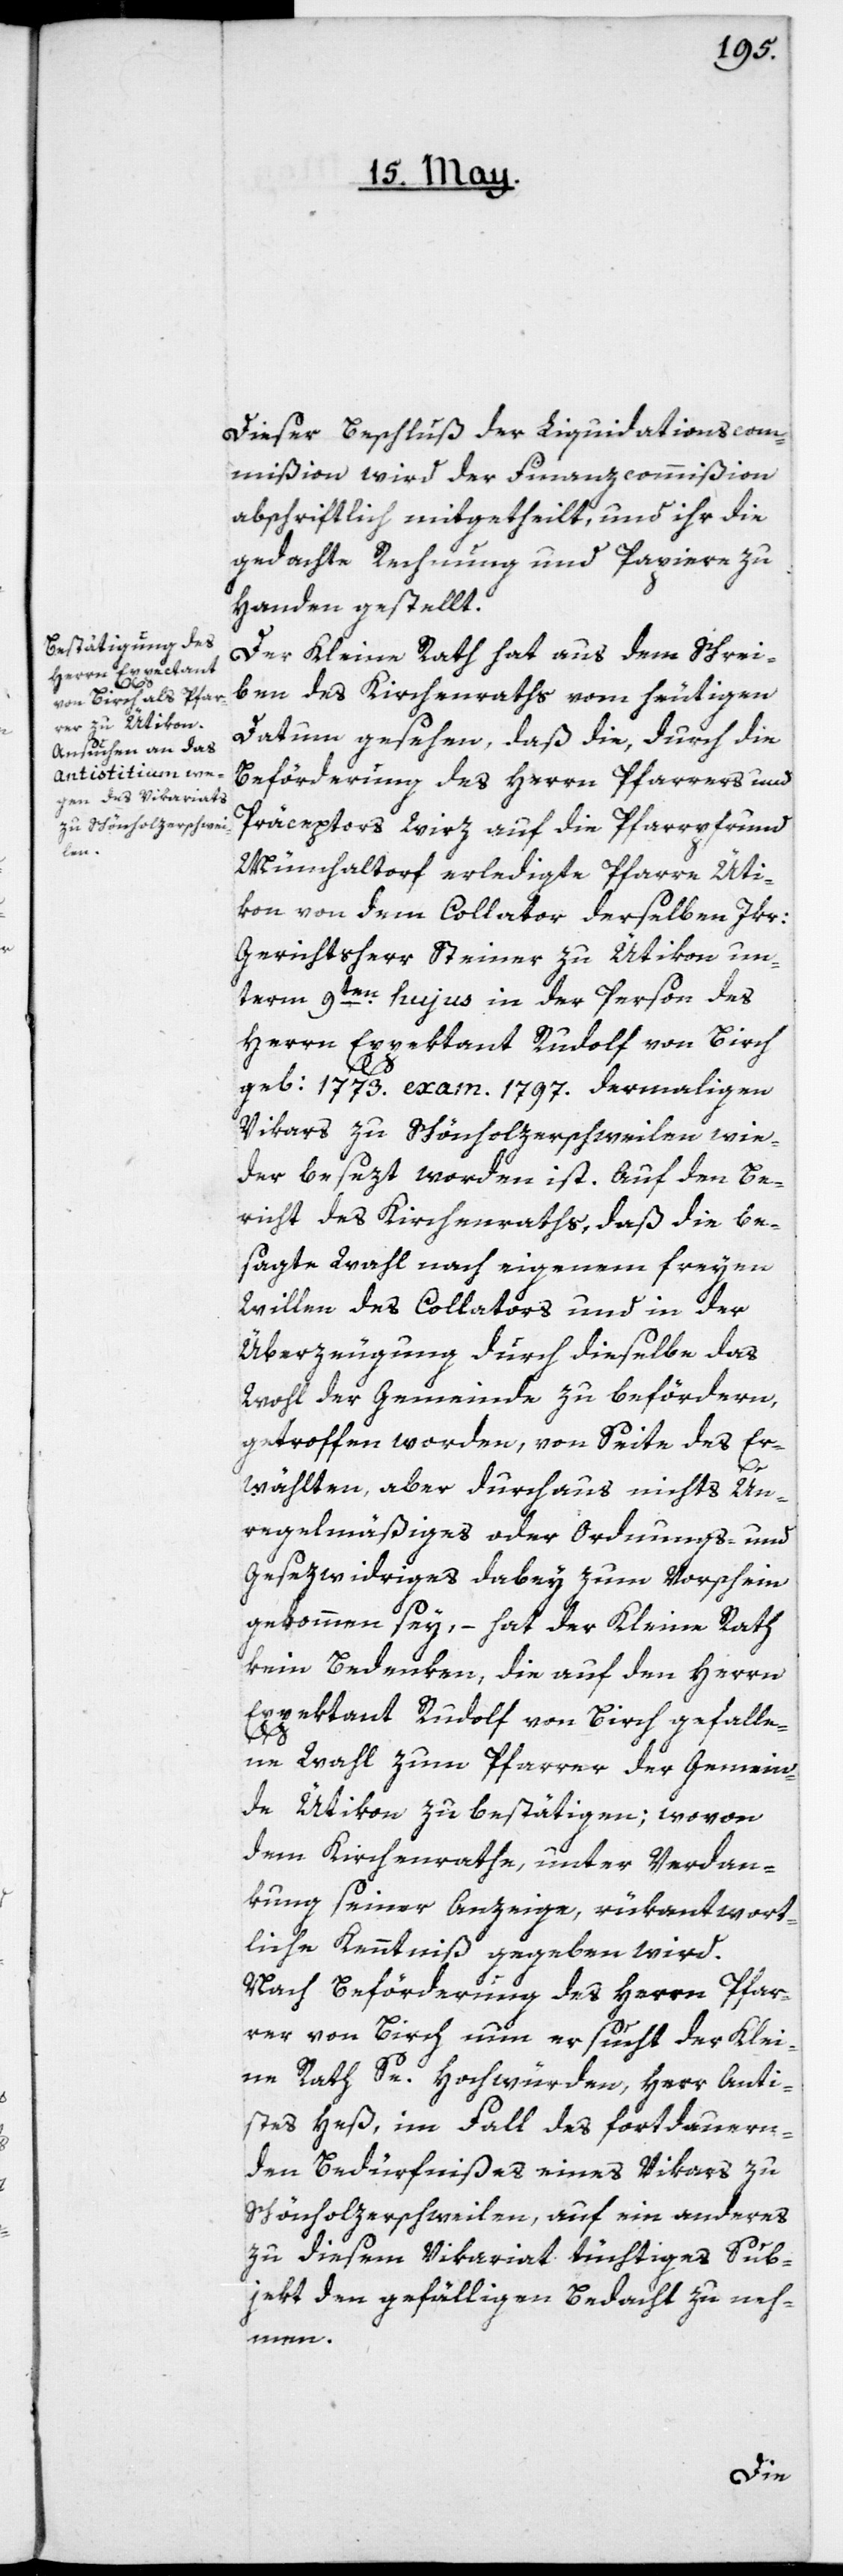
men.

Dieser Beschluß der Liquidationscom¬
mißion wird der Finanzcommißion
abschriftlich mitgetheilt, und ihr die
gedachte Rechnung und Papiere zu
Handen gestellt.
Der Kleine Rath hat aus dem Schrei¬
ben des Kirchenraths vom heutigen
Datum gesehen, daß die, durch die
Beförderung des Herrn Pfarrers und
Präceptors Wirz auf die Pfarrpfrund
Münchaltorf erledigte Pfarre Üti¬
kon von dem Collator derselben Jkr:
Gerichtsherr Steiner zu Ütikon un¬
term 9ten hujus in der Person des
Herrn Expectant Rudolf von Birch,
geb: 1773. exam. 1797. dermaligen
Vikars zu Schönholzerschweilen, wie¬
der besezt worden ist. Auf den Be¬
richt des Kirchenraths, daß die be¬
sagte Wahl nach eigenem freyen
Willen des Collators und in der
Überzeugung durch dieselbe das
Wohl der Gemeinde zu befördern,
getroffen worden, von Seite des Er¬
wählten aber durchaus nichts Un¬
regelmäßiges oder Ordnungs- und
Gesezwidriges dabey zum Vorschein
gekommen sey, – hat der Kleine Rath
kein Bedenken, die auf den Herrn
Expektant Rudolf von Birch gefalle¬
ne Wahl zum Pfarrer der Gemein¬
de Ütikon zu bestätigen; wovon
dem Kirchenrathe, unter Verdan¬
kung seiner Anzeige, rükantwort¬
liche Kenntniß gegeben wird.
Nach Beförderung des Herrn Pfar¬
rer von Birch nun ersucht der Klei¬
ne Rath Se. Hochwürden, Herr Anti¬
stes Heß, im Fall des fortdauern¬
den Bedürfnißes eines Vikars zu
Schönholzerschweilen, auf ein anderes
zu diesem Vikariat tüchtiges Sub¬
jekt den gefälligen Bedacht zu neh¬